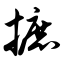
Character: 摭